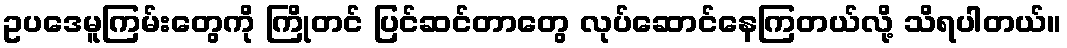
ဥပဒေမူကြမ်းတွေကို ကြိုတင် ပြင်ဆင်တာတွေ လုပ်ဆောင်နေကြတယ်လို့ သိရပါတယ်။